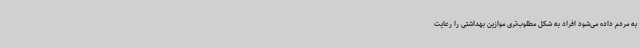
به مردم داده می‌شود افراد به شکل مطلوب‌تری موازین بهداشتی را رعایت